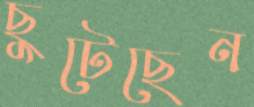
ছুটেছেন